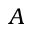
A